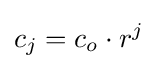
c_{j}=c_{o}\cdot r^{j}